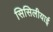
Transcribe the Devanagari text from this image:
सिसिलीयाई